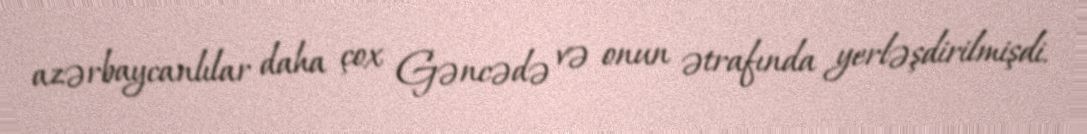
azərbaycanlılar daha çox Gəncədə və onun ətrafında yerləşdirilmişdi.